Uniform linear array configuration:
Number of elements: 24
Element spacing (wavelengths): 1
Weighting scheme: hamming
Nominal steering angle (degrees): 15
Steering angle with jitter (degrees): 13.153
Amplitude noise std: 0.05
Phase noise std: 0.05

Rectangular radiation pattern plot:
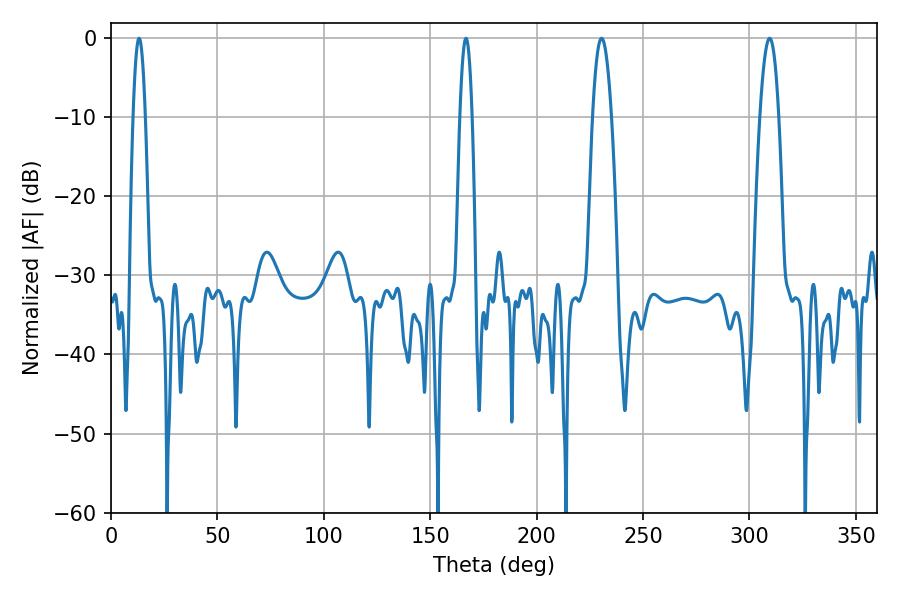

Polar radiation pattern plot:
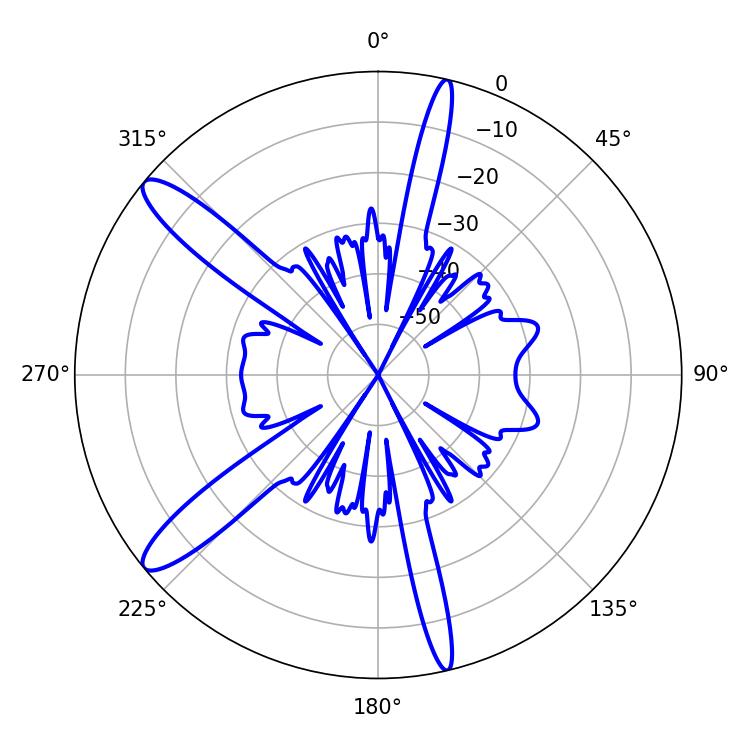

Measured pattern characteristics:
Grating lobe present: TRUE
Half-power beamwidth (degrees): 4.86
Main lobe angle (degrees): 309.42